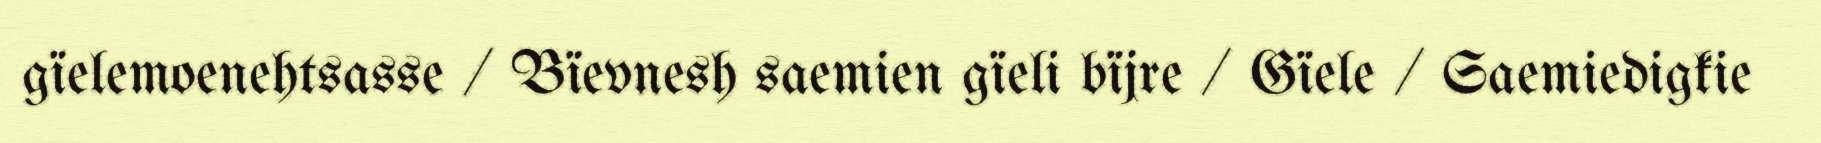
gïelemoenehtsasse / Bïevnesh saemien gïeli bïjre / Gïele / Saemiedigkie